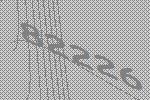
82226